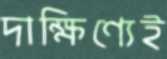
দাক্ষিণ্যেই